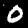
Label: 0